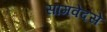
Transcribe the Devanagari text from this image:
सामवेदसे